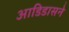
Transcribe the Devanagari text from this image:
आडिडासने